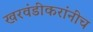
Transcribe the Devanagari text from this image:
खरवंडीकरांनीच